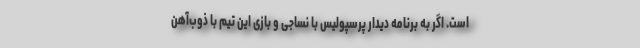
است. اگر به برنامه دیدار پرسپولیس با نساجی و بازی این تیم با ذوب‌آهن